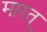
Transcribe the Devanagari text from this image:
मारत्